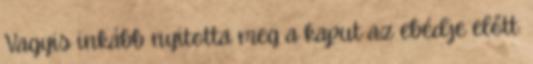
Vagyis inkább nyitotta meg a kaput az ebédje előtt.